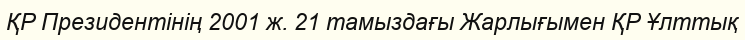
ҚР Президентінің 2001 ж. 21 тамыздағы Жарлығымен ҚР Ұлттық